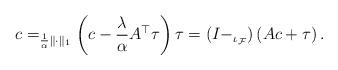
LaTeX: \begin{align*}c = _{\frac{1}{\alpha}\|\cdot\|_1}\left( c - \frac{\lambda}{\alpha}A^\top\tau\right) \tau = \left(I - _{\iota_{\mathcal{F}}}\right)\left(Ac + \tau\right).\end{align*}